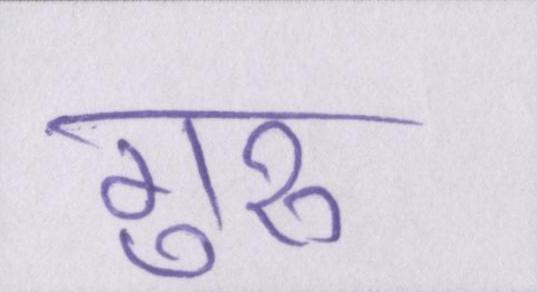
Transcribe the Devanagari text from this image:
गुरुॱ